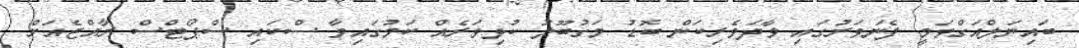
ބައިނަލްއަގްވަމީ ފެނަވަރުގައި ވާދަވެރިކަން ބޮޑު މަގުބޫލު ކުޅިވަރެއް ކަމުގައިވާ ސްކައި ސްޕޯޓްސް ރާއްޖެއަށް